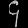
Digit: ၄